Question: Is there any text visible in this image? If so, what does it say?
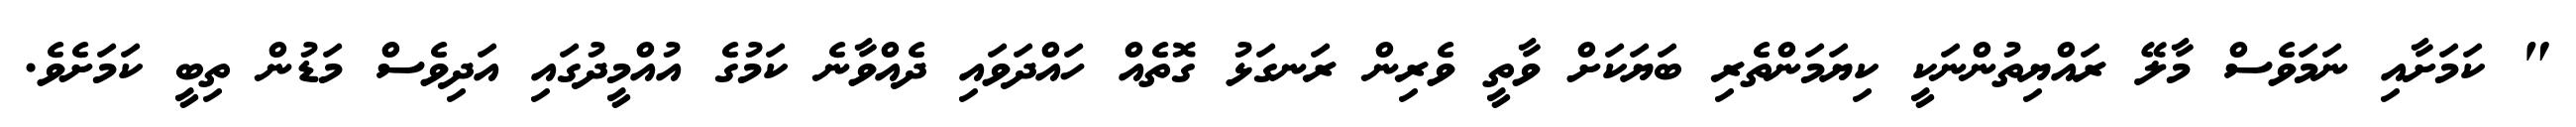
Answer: " ކަމަށާއި ނަމަވެސް މާލޭ ރައްޔިތުންނަކީ ކިޔަމަންތެރި ބަޔަކަށް ވާތީ ވެރިން ރަނގަޅު ގޮތެއް ހައްދަވައި ދެއްވާނެ ކަމުގެ އުއްމީދުގައި އަދިވެސް މަޑުން ތިބީ ކަމަށެވެ.